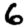
Digit: 6